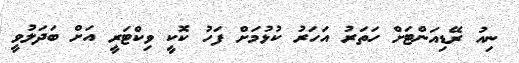
ނިއު ރޭޑިއަންޓަށް ހަތަރު އަހަރު ކުޅުމަށް ފަހު ކޮކީ ވިކްޓަރީ އަށް ބަދަލުވީ